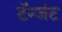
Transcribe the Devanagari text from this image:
टॅन्जंट